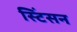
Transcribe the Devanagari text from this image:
स्टिंसन